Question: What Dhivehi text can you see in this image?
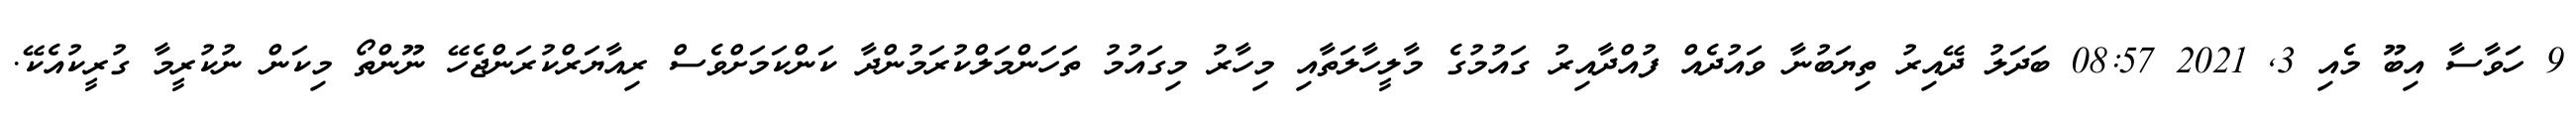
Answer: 9 ހަވާސާ އިބޫ މެއި 3, 2021 08:57 ބަދަލު ދޭއިރު ތިޔަބުނާ ވައުދެއް ފުއްދާއިރު ގައުމުގެ މާލީހާލަތާއި މިހާރު މިގައުމު ތަހަންމަލްކުރަމުންދާ ކަންކަމަށްވެސް ރިއާޔަރްކުރަންޖެހޭ ނޫންތޯ މިކަން ނުކުރީމާ ގުރީކުއެކޭ.